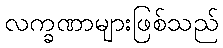
လက္ခဏာများဖြစ်သည်